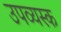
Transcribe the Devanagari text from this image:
उपव्यस्क